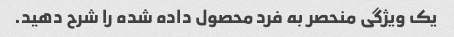
یک ویژگی منحصر به فرد محصول داده شده را شرح دهید.